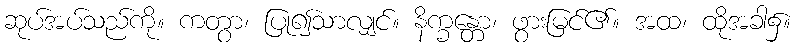
ဆုပ်အပ်သည်ကို။ ကတွာ၊ ပြု၍သာလျှင်။ နိက္ခန္တော၊ ဖွားမြင်၏။ အထ၊ ထိုအခါ၌။